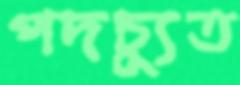
পদচ্যুত